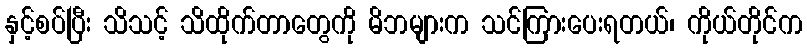
နှင့်စပ်ပြီး သိသင့် သိထိုက်တာတွေကို မိဘများက သင်ကြားပေးရတယ်၊ ကိုယ်တိုင်က